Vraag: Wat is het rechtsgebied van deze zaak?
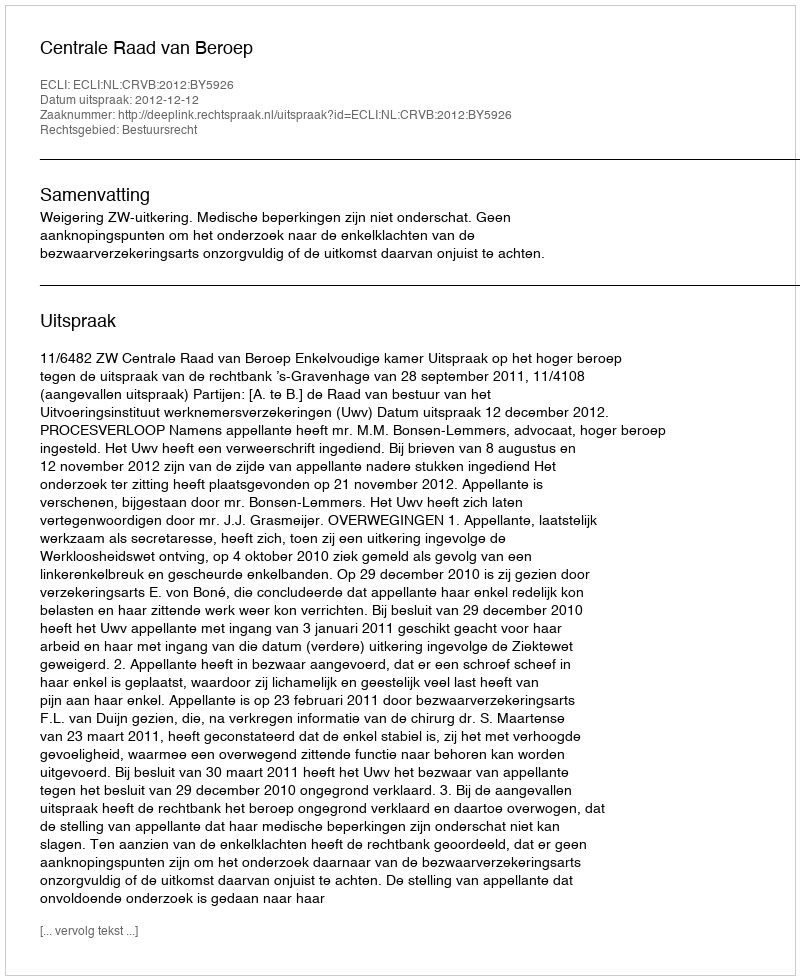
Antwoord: Bestuursrecht